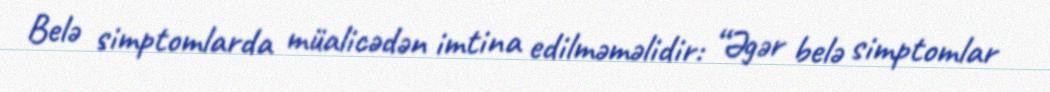
Belə simptomlarda müalicədən imtina edilməməlidir: “Əgər belə simptomlar